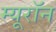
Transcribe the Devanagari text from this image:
म्यूरॉन